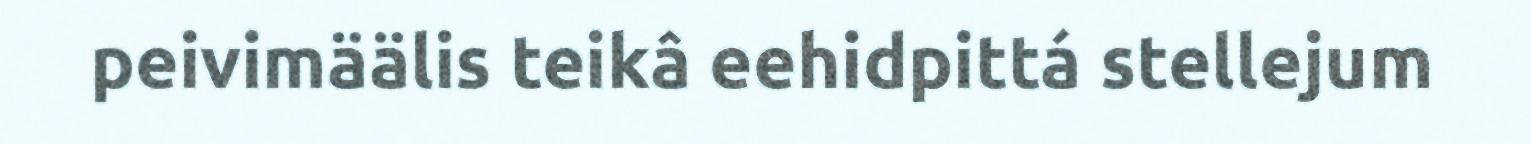
peivimäälis teikâ eehidpittá stellejum